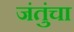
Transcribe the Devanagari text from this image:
जंतुंचा